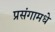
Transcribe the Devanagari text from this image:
प्रसंगामधे